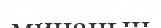
минанын